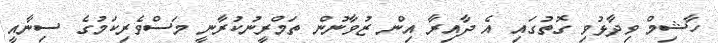
ހާޝިމް ވިދާޅުވި ގޮތުގައި އެ ދާއިރާ އިން ޒުވާނުން ތަމްރީނުކުރާނީ މަސްވެރިކަމުގެ ސިނާއީ